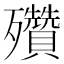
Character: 𣪁